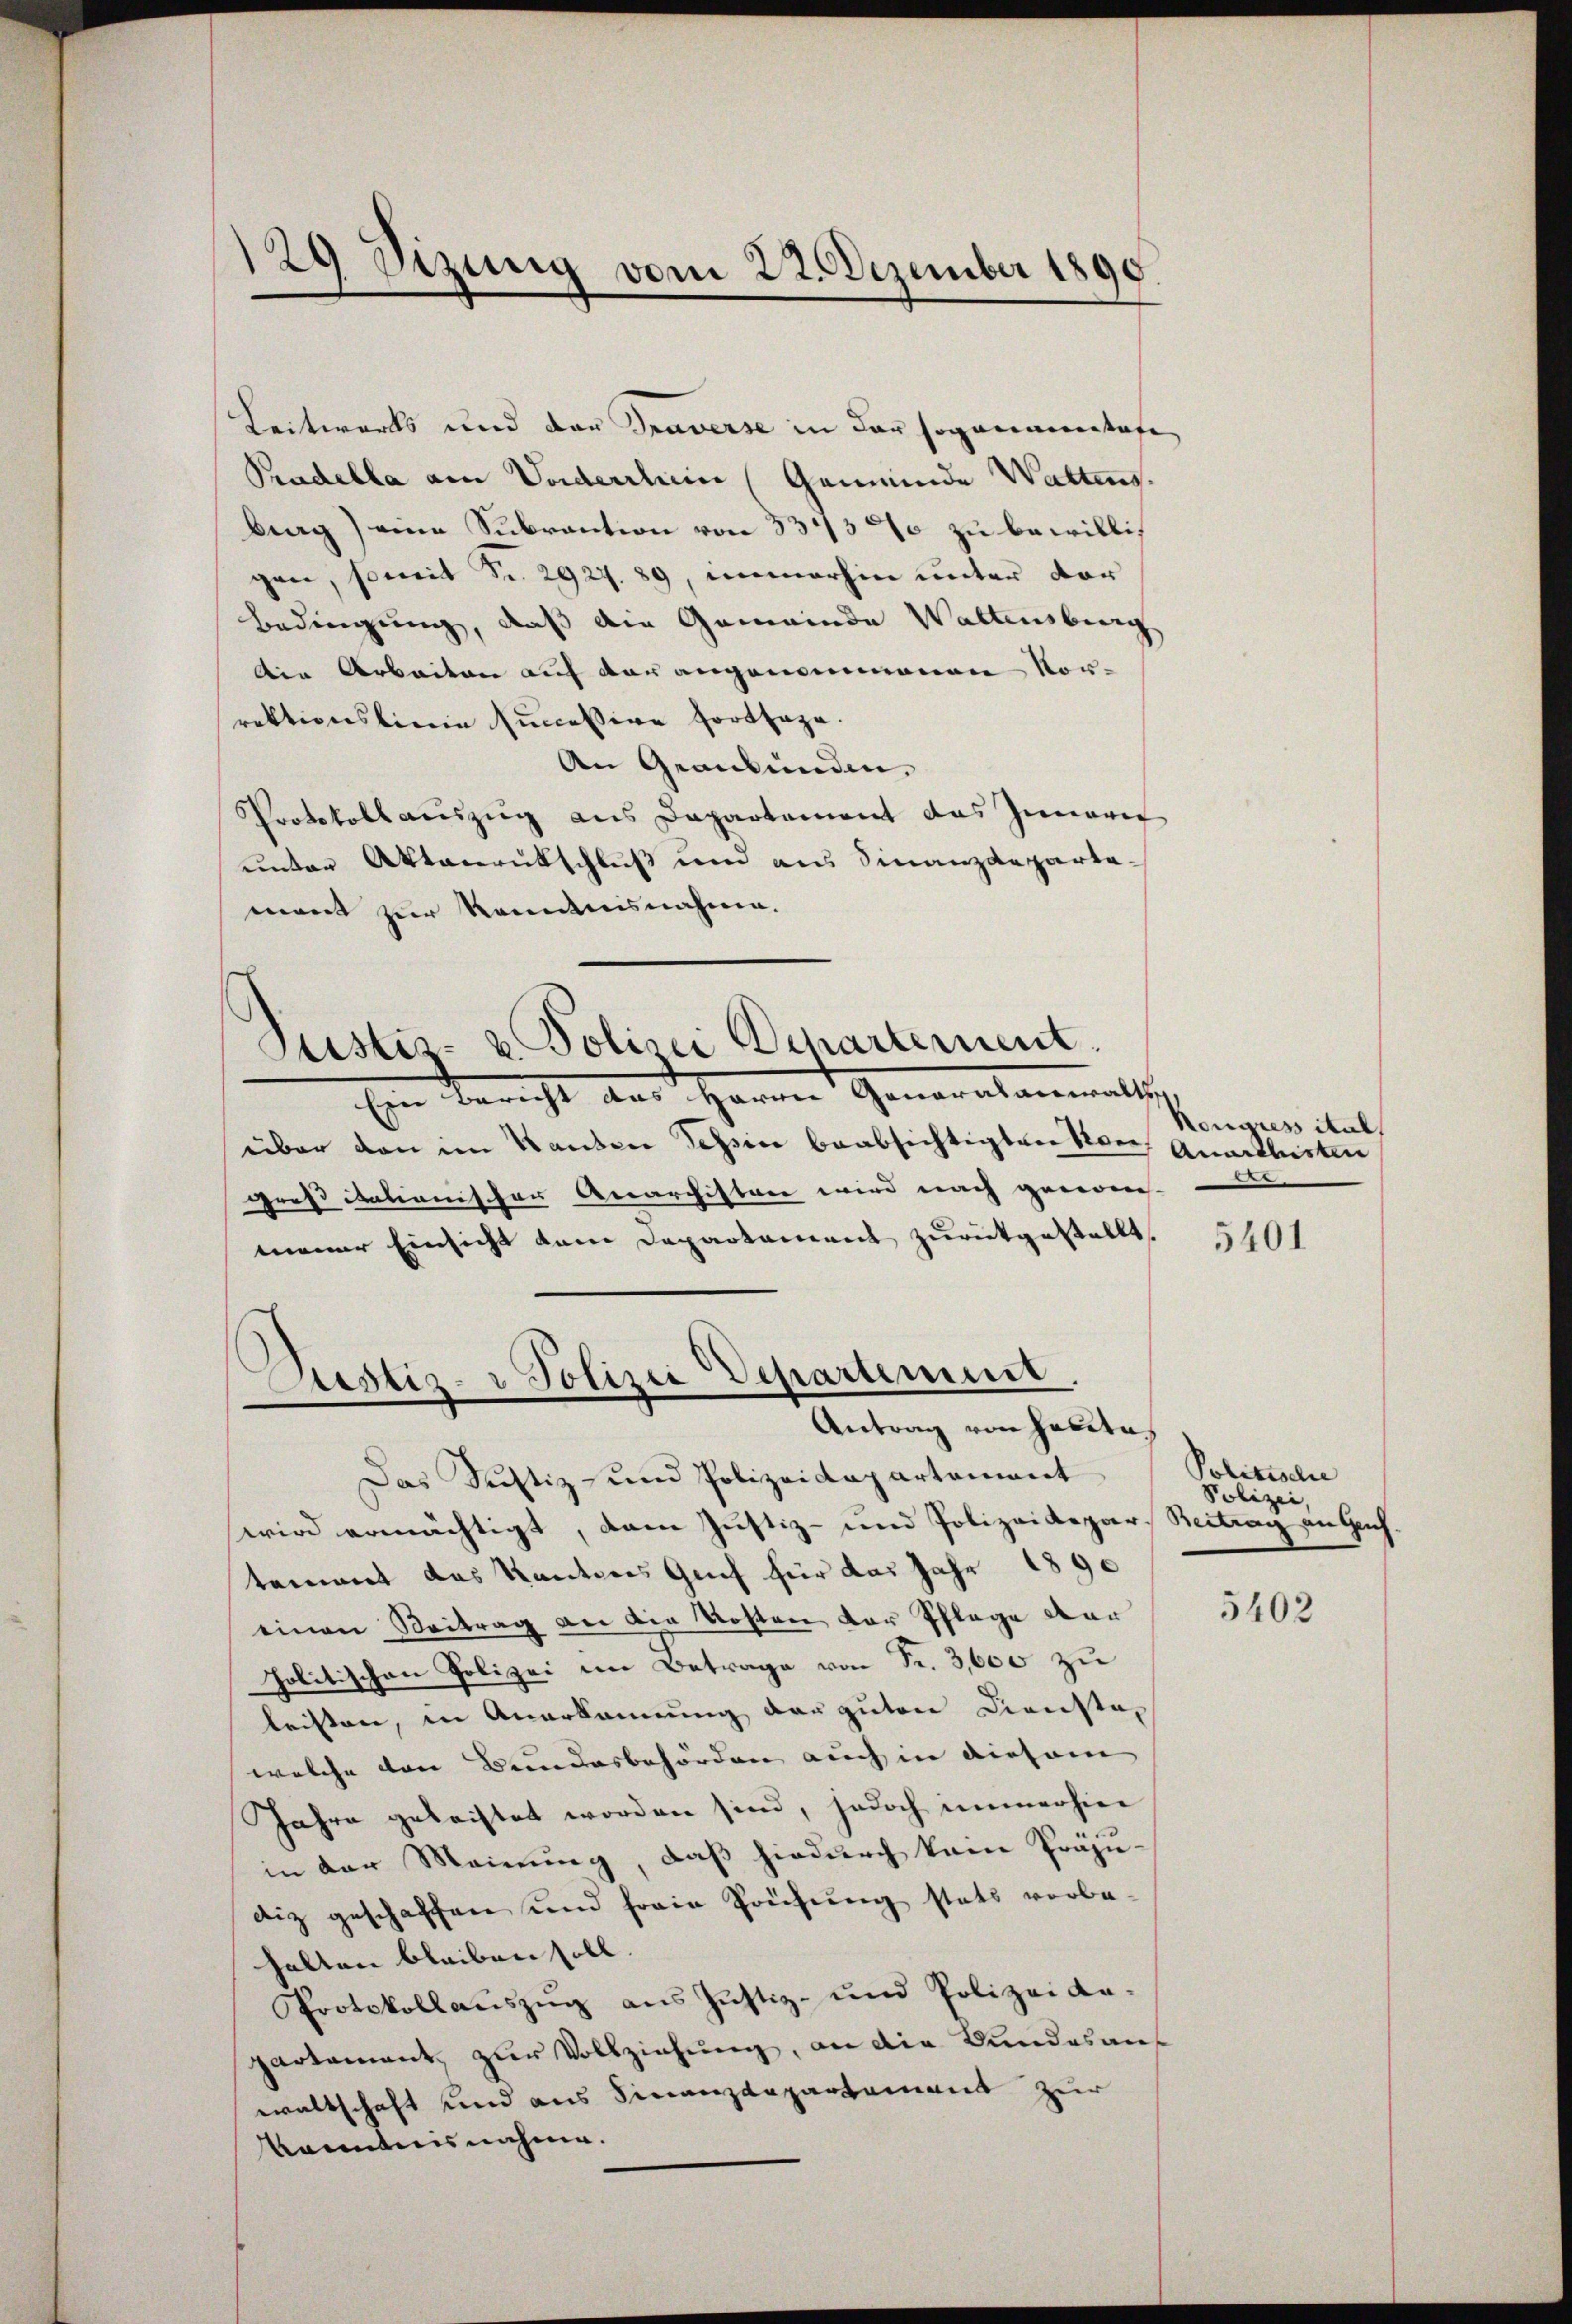
129 Sizung vom 22. Dezember 1890.

Leitwärts und der Traverse in der sogananstafe
Pradella am Vorderlei Gemeinde Wattens.
berg) eine Subrantion von 334300 zu bewillig
gen, somit Fr. 2927. 89, immerhin unter dor
Bedingung, daß die Gemeinde Waltensburg
die Arbeiten auf der angenommenen Vor-
rektionslinie succession fortstage.
An Graubünden,
Protokoll auszug aus Departement das Innere
unter Aktenrütschluß und aus Finanzdepartamant zur Kenntnisnahme.
on Bericht des Herren Generalammatsch
über den im Handen Tessin beabsichtigten von Quartleisten
groß italienischer Anarchister wird nach gewonne-
meiner Einsicht kam Departament zurückgestellt,
Justiz- & Polizei Departement.
Antrag von Haute
Das Justiz- und Polizeidepartement
wird ermächtigt, dann Justiz- und Polizeidepar, Beitrag an Gachtement das Kantons Genf für das Jahr 1890
einen Beitrag an die Kosten der Pflage der
Politischen Polizei im Betrage von Fr. 3,600 zu
leisten, in Anerkennung der guten Dienste,
welche den Bundesbehörden auch in diesem
Jahre geleistet worden sind, jedoch immerhier
in der Meinung, daß hiedurch kain Präju-
diz geschaffen und freie Prüfung stats vorbe-
halten bleiben soll.
Protokollaŭszŭg ans Justiz- und Polizeide-
partement, zur Vollziehung, an die Bundesaus
waltschaft und aus Finanzdepartement zur
kanntens nahme.

Pustiz- u. Polizei Departement.

Kongress ital
er

5401

Politische
Polizei,

5402